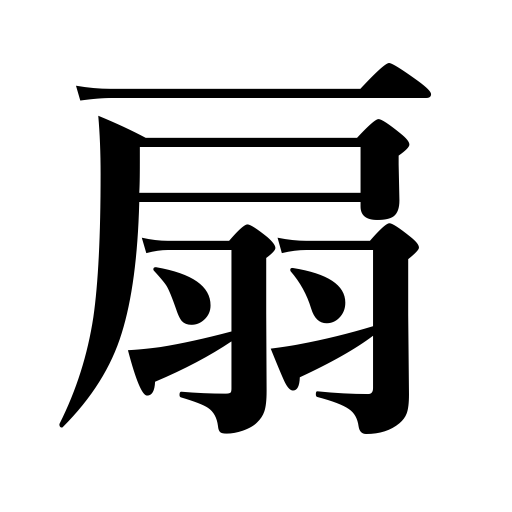
Meanings: folding fan,fan